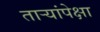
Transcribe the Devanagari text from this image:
तार्‍यांपेक्षा